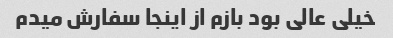
خیلی عالی بود بازم از اینجا سفارش میدم